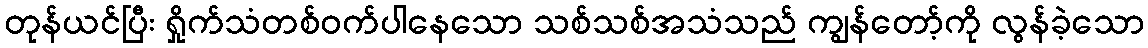
တုန်ယင်ပြီး ရှိုက်သံတစ်ဝက်ပါနေသော သစ်သစ်အသံသည် ကျွန်တော့်ကို လွန်ခဲ့သော